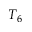
T _ { 6 }